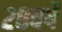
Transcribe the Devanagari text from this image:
२८वर्षे